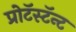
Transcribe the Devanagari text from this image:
प्रोटॅस्टॅन्ट